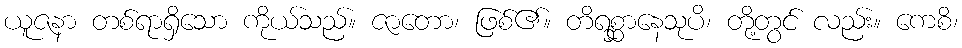
ယူဇနာ တစ်ရာရှိသော ကိုယ်သည်။ ဇာတော၊ ဖြစ်၏။ တိရစ္ဆာနေသုပိ၊ တို့တွင် လည်း။ ကေစိ၊